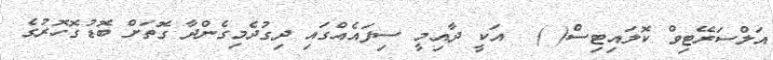
އަލްސަރޭޓިވް ކޮލައިޓިސް( )  އަކީ ދާއިމީ ސިފައެއްގައި ދިގުދެމިގެންދާ ގޮތަށް ބޮޑުގޮހޮރުގެ